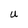
Character: U